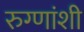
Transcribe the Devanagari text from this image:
रुग्णांशी